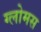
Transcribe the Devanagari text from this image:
ग्लोमस